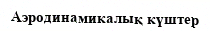
Аэродинамикалық күштер